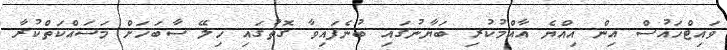
ވައިޓްހައުސް އިން އިއްޔެ އާއްމުކުރި ބަޔާނުގައި ބުނެފައިވާ ގޮތުގައި ހިލޭ ސާބަހަށް މަސައްކަތްކުރާ